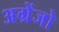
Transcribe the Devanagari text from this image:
अग्रेंजो